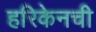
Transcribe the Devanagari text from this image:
हरिकेनची